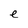
Character: e